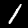
Digit: 1